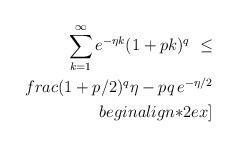
LaTeX: \begin{align*} \sum_{k=1}^\infty e^{-\eta k}(1 + pk)^q\ \le \\frac{(1 + p/2)^q }{\eta - pq} \, e^{- \eta/2} \\begin{align*}2ex]\end{align*}